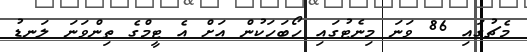
މެޗުގައި 86 ވަނަ މިނެޓުގައި ހޯބަހަކުން އަށް އެ ޓީމްގެ ތިންވަނަ ލަނޑު